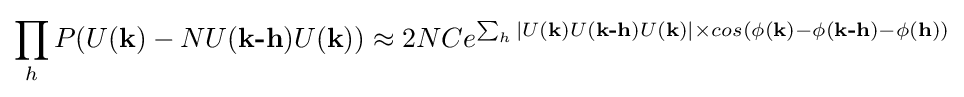
\prod _{h}P(U({\textbf {k}})-NU({\textbf {k-h}})U({\textbf {k}}))\approx 2NCe^{\sum _{h}|U({\textbf {k}})U({\textbf {k-h}})U({\textbf {k}})|\times cos(\phi ({\textbf {k}})-\phi ({\textbf {k-h}})-\phi ({\textbf {h}}))}